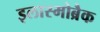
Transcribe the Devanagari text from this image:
इलास्मोब्रैक